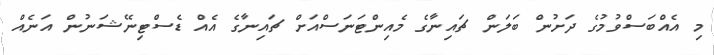
މި އެއްބަސްވުމުގެ ދަށުން ބަލަން ޗައިނާގެ މެއިންޓަނަސްއަށް ޗައިނާގެ އެއް ޑެސްޓިނޭޝަނުން އަނެއް